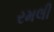
રમલી